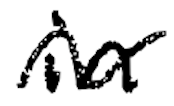
Text: in
Cross-out: wave
Writing tool: digital_black